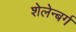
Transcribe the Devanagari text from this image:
शेलेन्बर्ग